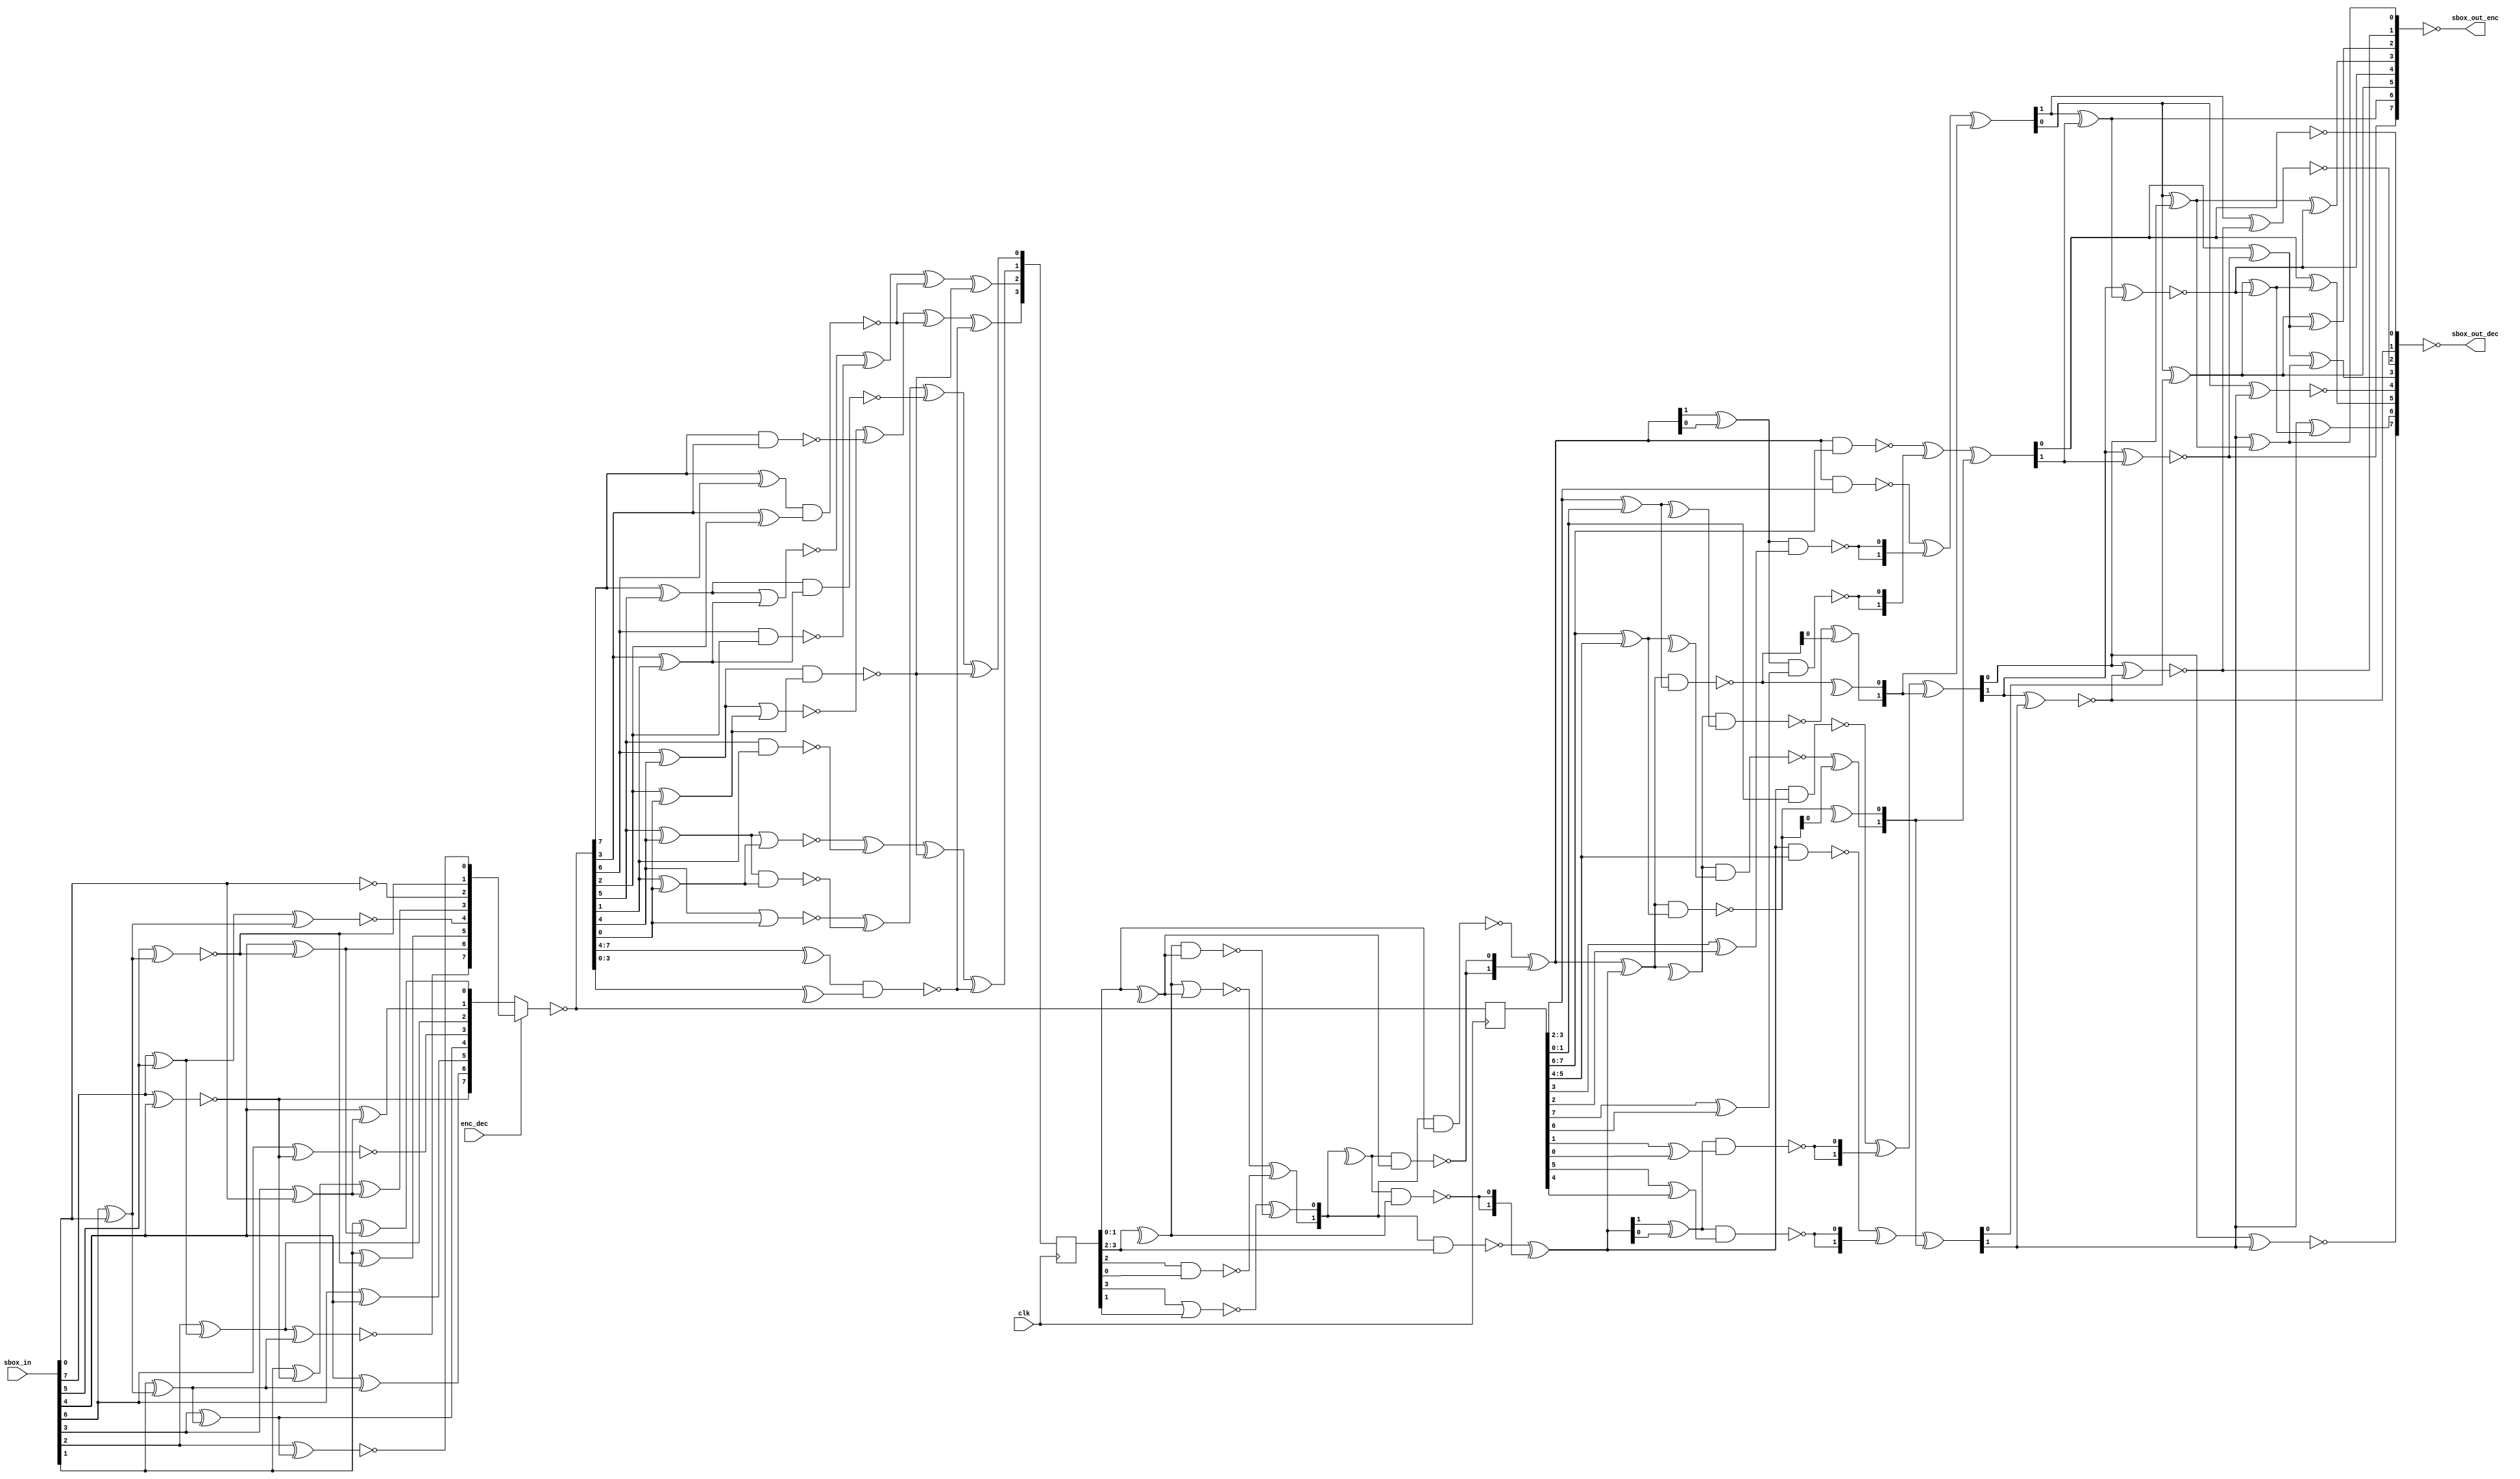
//////////////////////////////////////////////////////////////////
////
////
//// 	AES CORE BLOCK
////
////
////
//// This file is part of the APB to I2C project
////
//// http://www.opencores.org/cores/apbi2c/
////
////
////
//// Description
////
//// Implementation of APB IP core according to
////
//// aes128_spec IP core specification document.
////
////
////
//// To Do: Things are right here but always all block can suffer changes
////
////
////
////
////
//// Author(s): - Felipe Fernandes Da Costa, fefe2560@gmail.com
////		  Julio Cesar 
////
///////////////////////////////////////////////////////////////// 
////
////
//// Copyright (C) 2009 Authors and OPENCORES.ORG
////
////
////
//// This source file may be used and distributed without
////
//// restriction provided that this copyright statement is not
////
//// removed from the file and that any derivative work contains
//// the original copyright notice and the associated disclaimer.
////
////
//// This source file is free software; you can redistribute it
////
//// and/or modify it under the terms of the GNU Lesser General
////
//// Public License as published by the Free Software Foundation;
//// either version 2.1 of the License, or (at your option) any
////
//// later version.
////
////
////
//// This source is distributed in the hope that it will be
////
//// useful, but WITHOUT ANY WARRANTY; without even the implied
////
//// warranty of MERCHANTABILITY or FITNESS FOR A PARTICULAR
////
//// PURPOSE. See the GNU Lesser General Public License for more
//// details.
////
////
////
//// You should have received a copy of the GNU Lesser General
////
//// Public License along with this source; if not, download it
////
//// from http://www.opencores.org/lgpl.shtml
////
////
///////////////////////////////////////////////////////////////////

//Reference: A Very Compact Rijndael S-box, D. Canright

module sBox_8
(
  //OUTPUTS
  output [7:0] sbox_out_enc, // Direct SBOX
	output [7:0] sbox_out_dec, // Inverse SBOX
  //INPUTS
  input  [7:0] sbox_in,
	input enc_dec,
	input clk
);
//`include "include/sbox_functions.vf"

// Functions used by SBOX Logic
// For more detail, see "A Very Compact Rijndael  S-Box" by D. Canright
localparam ENC = 1;
localparam DEC = 0;

function [1:0] gf_sq_2;
	input [1:0] in;
	begin
  	gf_sq_2 = {in[0], in[1]};
	end
endfunction

function [1:0] gf_sclw_2;
	input [1:0] in;
	begin
  	gf_sclw_2 = {^in, in[1]};
  end
endfunction

function [1:0] gf_sclw2_2;
	input [1:0] in;
	begin
  	gf_sclw2_2 = {in[0], ^in};
  end
endfunction

function [1:0] gf_muls_2;
	input [1:0] in1, in2;
  input in3, in4;
	begin
  	gf_muls_2 = ( ~(in1 & in2) ) ^ ( {2{~(in3 & in4)}} );
  end
endfunction

function [1:0] gf_muls_scl_2;
  input [1:0] in1, in2;
  input in3, in4;
	reg [1:0] nand_in1_in2;
  reg nand_in3_in4;
	begin
  	nand_in1_in2 = ~(in1 & in2);
  	nand_in3_in4 = ~(in3 & in4);
  	gf_muls_scl_2 = {nand_in3_in4 ^ nand_in1_in2[0], ^nand_in1_in2};
  end
endfunction

function [3:0] gf_inv_4;
  input [3:0] in;
	reg [1:0] in_hg;
	reg [1:0] in_lw;
	reg [1:0] out_gf_mul_2;
	reg [1:0] out_gf_mul_3;
	reg [1:0] out_gf_sq2_3;
	reg [1:0] in_sq2_3;
	reg xor_in_hg, xor_in_lw;
	begin
		in_hg = in[3:2];
		in_lw = in[1:0];
		xor_in_hg = ^in_hg;
		xor_in_lw = ^in_lw;
		in_sq2_3 = {~(in_hg[1] | in_lw[1]) ^ (~(xor_in_hg & xor_in_lw)), ~(xor_in_hg | xor_in_lw) ^ (~(in_hg[0] & in_lw[0]))};
 
  	out_gf_sq2_3 = gf_sq_2(in_sq2_3);
 		out_gf_mul_2 = gf_muls_2(out_gf_sq2_3, in_lw, ^out_gf_sq2_3, xor_in_lw);
		out_gf_mul_3 = gf_muls_2(out_gf_sq2_3, in_hg, ^out_gf_sq2_3, xor_in_hg);
 		
		gf_inv_4 = {out_gf_mul_2, out_gf_mul_3};
 end
endfunction


function [3:0] gf_sq_scl_4;
  input [3:0] in;
	reg [1:0] in_hg;
	reg [1:0] in_lw;
	reg [1:0] out_gf_sq2_1;
	reg [1:0] out_gf_sq2_2;
	reg [1:0] out_gf_sclw2_1;
	begin
		in_hg = in[3:2];
		in_lw = in[1:0];
		
		out_gf_sq2_1 = gf_sq_2(in_hg ^ in_lw );
 		out_gf_sq2_2 = gf_sq_2(in_lw);
 		out_gf_sclw2_1 = gf_sclw_2(out_gf_sq2_2);
 
 		gf_sq_scl_4 = {out_gf_sq2_1, out_gf_sclw2_1};
	end
endfunction


function [3:0] gf_muls_4;
  input [3:0] in1;
  input [3:0] in2;	
	reg [1:0] in1_hg;
	reg [1:0] in1_lw;
	reg [1:0] in2_hg;
	reg [1:0] in2_lw;
	reg [1:0] xor_in1_hl;
	reg [1:0] xor_in2_hl;
	reg [1:0] out_gf_mul_1;
	reg [1:0] out_gf_mul_2;
	reg [1:0] out_gf_mul_scl_1;
	begin
 		in1_hg = in1[3:2];
		in1_lw = in1[1:0];
 		in2_hg = in2[3:2];
 		in2_lw = in2[1:0];
 		xor_in1_hl = in1_hg ^ in1_lw;
 		xor_in2_hl = in2_hg ^ in2_lw;

		out_gf_mul_1 = gf_muls_2(in1_hg, in2_hg, in1[3] ^ in1[2], in2[3] ^ in2[2]);
 		out_gf_mul_2 = gf_muls_2(in1_lw, in2_lw, in1[1] ^ in1[0], in2[1] ^ in2[0]);
		out_gf_mul_scl_1 = gf_muls_scl_2(xor_in1_hl, xor_in2_hl, ^xor_in1_hl, ^xor_in2_hl);
 
  	gf_muls_4 = {out_gf_mul_1 ^ out_gf_mul_scl_1,  out_gf_mul_2 ^ out_gf_mul_scl_1};
	end
endfunction

function [3:0] gf_inv_8_stage1;
  input [7:0] in;
	reg [3:0] in_hg;
	reg [3:0] in_lw;
	reg [3:0] out_gf_mul4_2;
	reg [3:0] out_gf_mul4_3;
	reg [3:0] out_gf_inv4_2;
	reg c1, c2, c3;
	begin
		in_hg = in[7:4];
		in_lw = in[3:0];
          
 		c1 = ~((in_hg[3] ^ in_hg[2]) & (in_lw[3] ^ in_lw[2]));
 		c2 = ~((in_hg[2] ^ in_hg[0]) & (in_lw[2] ^ in_lw[0]));
 		c3 = ~((^in_hg) & (^in_lw));

 		gf_inv_8_stage1 = 
				 {(~((in_hg[2] ^ in_hg[0]) | (in_lw[2] ^ in_lw[0])) ^ (~(in_hg[3] & in_lw[3]))) ^ c1 ^ c3, 
          (~((in_hg[3] ^ in_hg[1]) | (in_lw[3] ^ in_lw[1])) ^ (~(in_hg[2] & in_lw[2]))) ^ c1 ^ c2, 
          (~((in_hg[1] ^ in_hg[0]) | (in_lw[1] ^ in_lw[0])) ^ (~(in_hg[1] & in_lw[1]))) ^ c2 ^ c3, 
          ((~(in_hg[0] | in_lw[0])) ^ (~((in_hg[1] ^ in_hg[0]) & (in_lw[1] ^ in_lw[0])))) ^ (~((in_hg[3] ^ in_hg[1]) & (in_lw[3] ^ in_lw[1]))) ^ c2}; 
	end
endfunction

function [7:0] gf_inv_8_stage2;
  input [7:0] in;
	input [3:0] c;
	reg [3:0] in_hg;
	reg [3:0] in_lw;
	reg [3:0] out_gf_mul4_2;
	reg [3:0] out_gf_mul4_3;
	reg [3:0] out_gf_inv4_2;
	reg c1, c2, c3;
	begin
		in_hg = in[7:4];
		in_lw = in[3:0];
          
		out_gf_inv4_2 = gf_inv_4(c);
		out_gf_mul4_2 = gf_muls_4(out_gf_inv4_2, in_lw);
		out_gf_mul4_3 = gf_muls_4(out_gf_inv4_2, in_hg);

 		gf_inv_8_stage2 = {out_gf_mul4_2, out_gf_mul4_3};
	end
endfunction

function [15:0] isomorphism;
  input [7:0] in;
  reg r1, r2, r3, r4, r5, r6, r7, r8, r9;
  reg [7:0] enc, dec;
  begin
    r1 = in[7]  ^ in[5];
    r2 = ~(in[7] ^ in[4]);
    r3 = in[6]  ^ in[0];
    r4 = ~(in[5] ^ r3);
    r5 = in[4]  ^ r4;
    r6 = in[3]  ^ in[0];
    r7 = in[2]  ^ r1;
    r8 = in[1]  ^ r3;
    r9 = in[3]  ^ r8;
    
    enc = {~(r7 ^ r8), r5, in[1] ^ r4, ~(r1 ^ r3), in[1] ^ r2 ^ r6, ~in[0], r4, ~(in[2] ^ r9)};
    dec = {r2, in[4] ^ r8, in[6] ^ in[4], r9, ~(in[6] ^ r2), r7, in[4] ^ r6, in[1] ^ r5};
    
    isomorphism = {enc, dec};
  end
endfunction

function [7:0] isomorphism_inv;
  input [7:0] in;
	input op_type;
  reg r1, r2, r3, r4, r5, r6, r7, r8, r9, r10;
  begin
    r1  = in[7]  ^ in[3];
    r2  = in[6]  ^ in[4];
    r3  = in[6]  ^ in[0];
    r4  = ~(in[5] ^ in[3]);
    r5  = ~(in[5] ^ r1);
    r6  = ~(in[5] ^ in[1]);
    r7  = ~(in[4] ^ r6);
    r8  = in[2]  ^ r4;
    r9  = in[1]  ^ r2;
    r10 = r3     ^ r5;
    
		if(op_type == ENC)
    	isomorphism_inv = {r4, r1, r3, r5, r2 ^ r5, r3 ^ r8, r7, r9};
		else
    	isomorphism_inv = {~(in[4] ^ in[1]), in[1] ^ r10, in[2] ^ r10, ~(in[6] ^ in[1]), r8 ^ r9, ~(in[7] ^ r7), r6, ~in[2]};
    
  end
endfunction




wire [7:0] base_new_enc, base_new_dec, base_new;
//wire [7:0] base_enc, base_dec;
wire [3:0] out_gf_inv8_stage1;
wire [7:0] out_gf_inv8_1;
//wire [7:0] out_gf_inv8_2;

reg [3:0] out_gf_pp;
reg [7:0] base_new_pp;

assign {base_new_enc, base_new_dec} = isomorphism(sbox_in);

assign base_new = ~(enc_dec ? base_new_enc : base_new_dec);
assign out_gf_inv8_stage1 = gf_inv_8_stage1(base_new);

always @(posedge clk)
	begin
		out_gf_pp <= out_gf_inv8_stage1;
		base_new_pp <= base_new;
	end

assign out_gf_inv8_1 = gf_inv_8_stage2(base_new_pp, out_gf_pp);				
	
assign sbox_out_enc = ~isomorphism_inv(out_gf_inv8_1, ENC);
assign sbox_out_dec = ~isomorphism_inv(out_gf_inv8_1, DEC);

endmodule